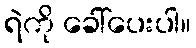
ရဲကို ခေါ်ပေးပါ။